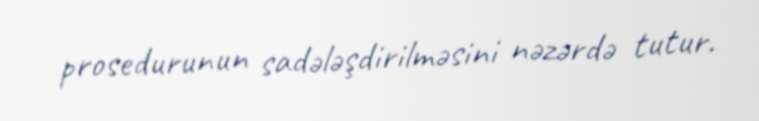
prosedurunun sadələşdirilməsini nəzərdə tutur.